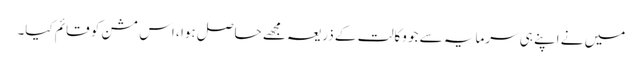
میں نے اپنے ہی سرمایہ سے جو وکالت کے ذریعہ مجھے حاصل ہوا ، اس مشن کو قائم کیا۔